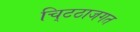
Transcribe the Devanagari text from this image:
चि्टठाजगत